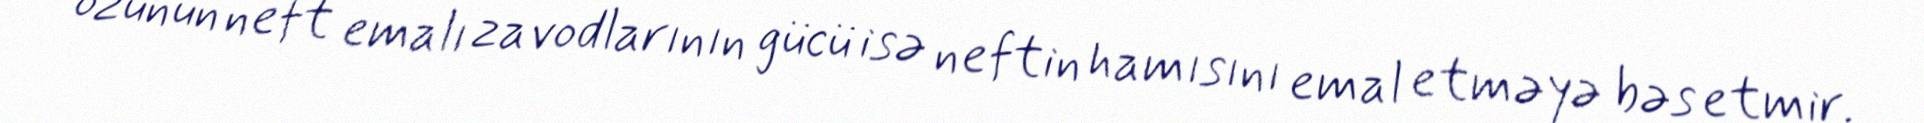
özünün neft emalı zavodlarının gücü isə neftin hamısını emal etməyə bəs etmir.